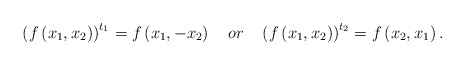
\begin{align*}\left( f\left( x_{1},x_{2}\right) \right) ^{t_{1}}=f\left(x_{1},-x_{2}\right) \quad or\quad \left( f\left( x_{1},x_{2}\right) \right)^{t_{2}}=f\left( x_{2},x_{1}\right) . \end{align*}